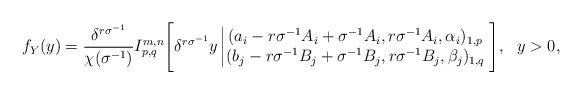
LaTeX: \begin{align*}f_{Y}(y)=\frac{\delta^{r\sigma^{-1}}}{\chi(\sigma^{-1})}I^{m,n}_{p,q}\Bigg[\delta^{r\sigma^{-1}} y\left|\begin{matrix} (a_i-r\sigma^{-1}A_i+\sigma^{-1}A_i,r\sigma^{-1}A_i,\alpha_i)_{1,p}\\ (b_j-r\sigma^{-1}B_j+\sigma^{-1}B_j,r\sigma^{-1}B_j,\beta_j)_{1,q} \end{matrix}\right.\Bigg],\ \ y>0,\end{align*}